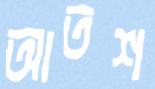
আতশ